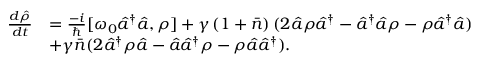
\begin{array} { r l } { \frac { d \hat { \rho } } { d t } } & { = \frac { - i } { \hbar } [ \omega _ { 0 } \hat { a } ^ { \dagger } \hat { a } , \rho ] + \gamma \left( 1 + \bar { n } \right) ( 2 \hat { a } \rho \hat { a } ^ { \dagger } - \hat { a } ^ { \dagger } \hat { a } \rho - \rho \hat { a } ^ { \dagger } \hat { a } ) } \\ & { + \gamma \bar { n } ( 2 \hat { a } ^ { \dagger } \rho \hat { a } - \hat { a } \hat { a } ^ { \dagger } \rho - \rho \hat { a } \hat { a } ^ { \dagger } ) . } \end{array}